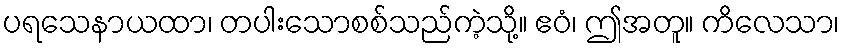
ပရသေနာယထာ၊ တပါးသောစစ်သည်ကဲ့သို့။ ဧဝံ၊ ဤအတူ။ ကိလေသာ၊